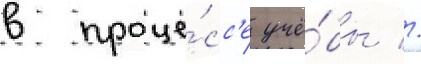
в проце́сс'е учё́бы //